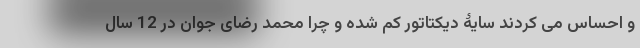
و احساس می کردند سایۀ دیکتاتور کم شده و چرا محمد رضای جوان در 12 سال